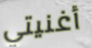
أغنيتي